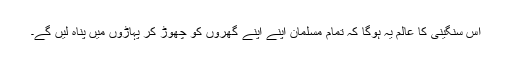
اس سنگینی کا عالم یہ ہوگا کہ تمام مسلمان اپنے اپنے گھروں کو چھوڑ کر پہاڑوں میں پناہ لیں گے۔